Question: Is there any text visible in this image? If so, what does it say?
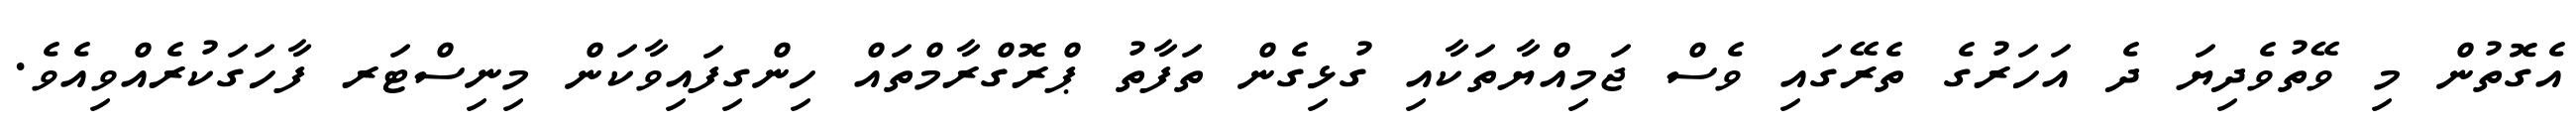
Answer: އެގޮތުން މި ވޭތުވެދިޔަ ދެ އަހަރުގެ ތެރޭގައި ވެސް ޖަމިއްޔާތަކާއި ގުޅިގެން ތަފާތު ޕްރޮގްރާމްތައް ހިންގިފައިވާކަން މިނިސްޓަރ ފާހަގަކުރެއްވިއެވެ.